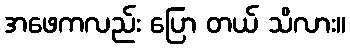
အဖေကလည်း ပြော တယ် သိလား။